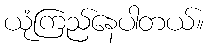
ယုံကြည်နေပါတယ်။